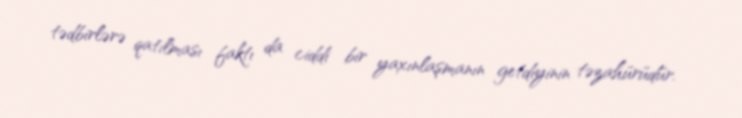
tədbirlərə qatılması faktı da ciddi bir yaxınlaşmanın getdiyinin təzahürüdür.